Indian journal of veterinary science and animal husbandry - Volumes 18-21, 1948-1951
Year: 1948
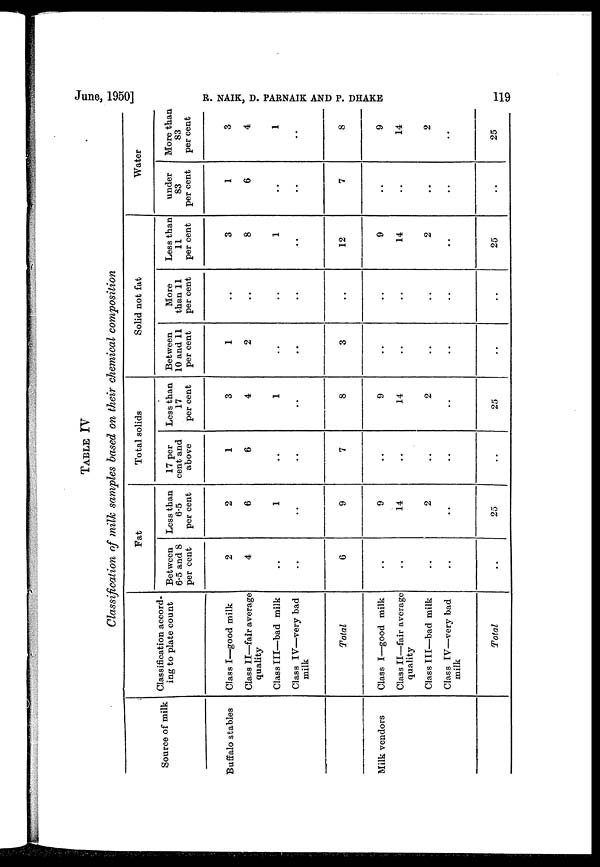
June, 1950]
R.
NAIK,
D.
PARNAIK
AND
P.
DHAKE
119
TABLE IV
Classification of milk samples based on their chemical composition
Source of milk
Buffalo stables
Milk vendors
Classification accord-
ing to plate count
Class I—good milk
Class II—fair average
quality
Class III—bad milk
Class IV—very bad
milk
Total
Class I—good milk
Class II—fair average
quality
Class III—bad milk
Class IV—very bad
milk
Total
Fat
Between
6.5 and 8
per cent
2
4
..
..
6
..
..
..
..
..
Less than
6.5
per cent
2
6
1
..
9
9
14
2
..
25
Total solids
17 per
cent and
above
1
6
..
..
7
..
..
..
..
..
Less than
17
per cent
3
4
1
..
8
9
14
2
..
25
Solid not fat
Between
10 and 11
per cent
1
2
..
..
3
..
..
..
..
..
More
than 11
per cent
..
..
..
..
..
..
..
..
..
..
Less than
11
per cent
3
8
1
..
12
9
14
2
..
25
Water
under
83
per cent
1
6
..
..
7
..
..
..
..
..
More than
83
per cent
3
4
1
..
8
9
14
2
..
25